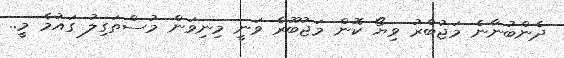
ދެންބުނާނެ މަޖުބްރު ވިޔޯ ކޮން މަޖުބޫރެ ވަނީ މިނިވަން މުސްތަގިލު ގައުމެ މީ..